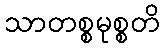
သာတစ္စမုစ္စတိ